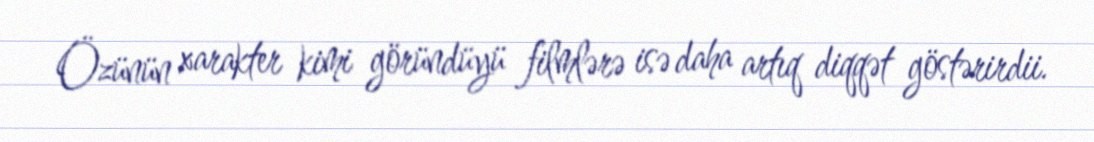
Özünün xarakter kimi göründüyü filmlərə isə daha artıq diqqət göstərirdii.